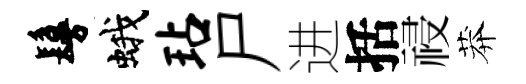
鬘蛾玷尸进括祲莽